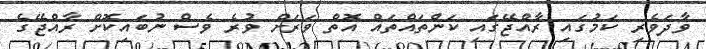
ވާދަވެރި ކަމުގައި ރާއްޖޭގައި ކަންތައްތައް އޮތް ވަރަށް ވުރެ ވެސް ނުބައިކޮށް ރާއްޖޭގެ